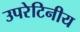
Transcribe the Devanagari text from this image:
उपरेटिनीय